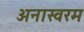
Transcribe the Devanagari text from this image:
अनास्वरम